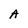
Character: A